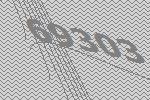
69303